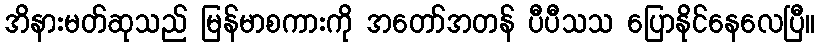
အိနားမတ်ဆုသည် မြန်မာစကားကို အတော်အတန် ပီပီသသ ပြောနိုင်နေလေပြီ။